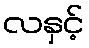
လနှင့်